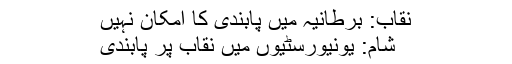
نقاب: برطانیہ میں پابندی کا امکان نہیں
شام: یونیورسٹیوں میں نقاب پر پابندی